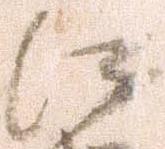
江